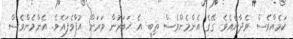
ކަމެއްވެސް ވެދާނެއެވެ. ގޭގެ އެންމެންވެސް ތިބީ އެ ޚަބަރުން ވަރަށް އުފާވެފައެވެ. އެންމެންވެސް